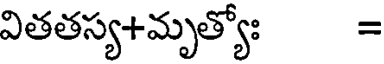
వితతస్య+మృత్యోః =